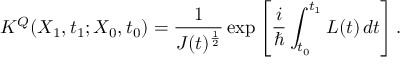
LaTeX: K ^ { Q } ( X _ { 1 } , t _ { 1 } ; X _ { 0 } , t _ { 0 } ) = { \frac { 1 } { J ( t ) ^ { \frac { 1 } { 2 } } } } \exp \left[ { \frac { i } { \hbar } } \int _ { t _ { 0 } } ^ { t _ { 1 } } L ( t ) \, d t \right] .